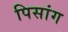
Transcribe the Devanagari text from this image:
पिसांग